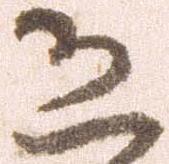
恐